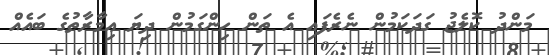
މަންދު ކޮލެޖު ގަދަކަމުން ނެރެފައި އެ ތަން ހިންގަމުން ދިޔަ ޢިމާރާތުގެ ބައެއް